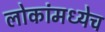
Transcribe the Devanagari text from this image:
लोकांमध्येच